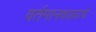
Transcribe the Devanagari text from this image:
वर्तमानकाळाचे